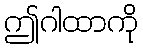
ဤဂါထာကို